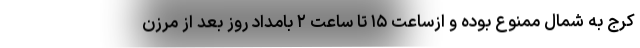
کرج به شمال ممنوع بوده و ازساعت ۱۵ تا ساعت ۲ بامداد روز بعد از مرزن